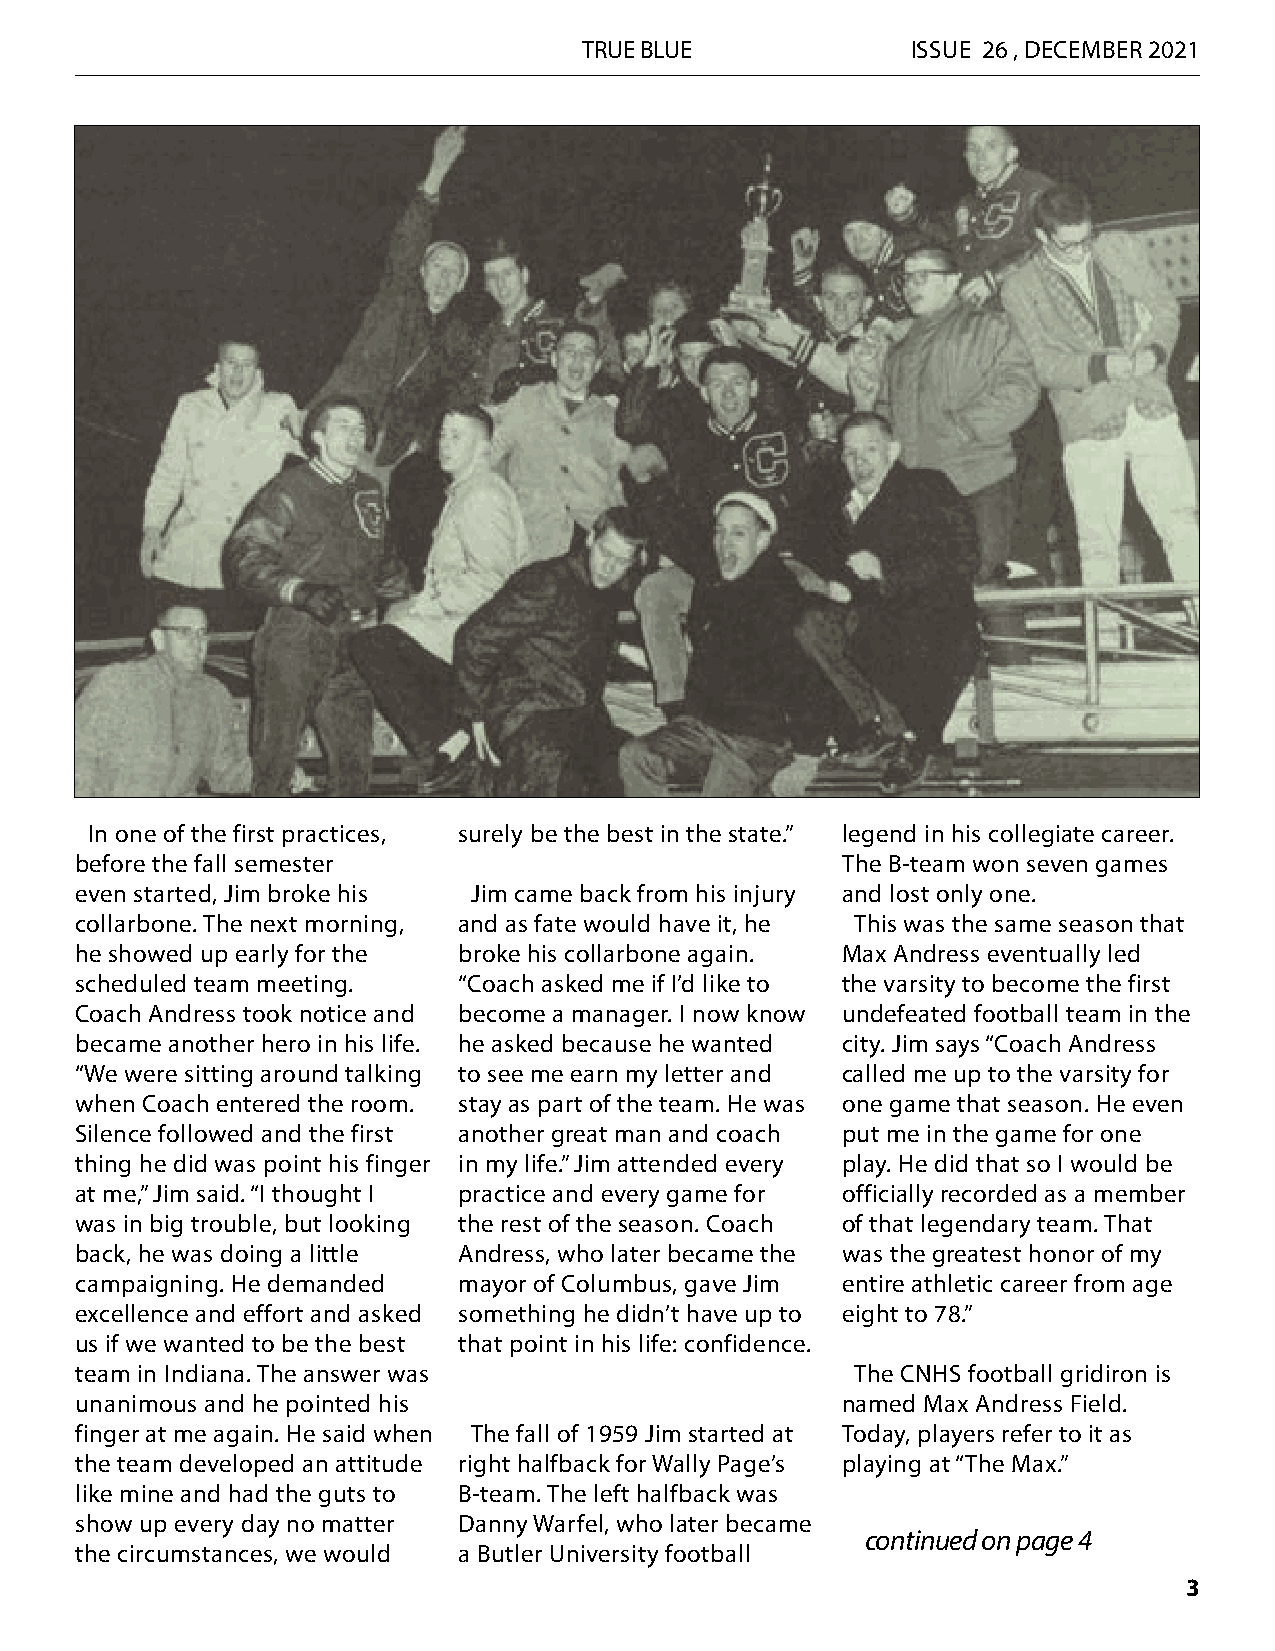
TRUE BLUE            ISSUE 26 , DECEMBER 2021
 In one of the first practices, surely be the best in the state.” legend in his collegiate career.
 before the fall semester                           The B-team won seven games
 even started, Jim broke his Jim came back from his injury and lost only one.
 collarbone. The next morning, and as fate would have it, he This was the same season that
 he showed up early for the broke his collarbone again. Max Andress eventually led
 scheduled team meeting.  “Coach asked me if I’d like to the varsity to become the first
 Coach Andress took notice and become a manager. I now know undefeated football team in the
 became another hero in his life. he asked because he wanted city. Jim says “Coach Andress
 “We were sitting around talking to see me earn my letter and called me up to the varsity for
 when Coach entered the room. stay as part of the team. He was one game that season. He even
 Silence followed and the first another great man and coach put me in the game for one
 thing he did was point his finger in my life.” Jim attended every play. He did that so I would be
 at me,” Jim said. “I thought I practice and every game for officially recorded as a member
 was in big trouble, but looking the rest of the season. Coach of that legendary team. That
 back, he was doing a little Andress, who later became the was the greatest honor of my
 campaigning. He demanded mayor of Columbus, gave Jim entire athletic career from age
 excellence and effort and asked something he didn’t have up to eight to 78.”
 us if we wanted to be the best that point in his life: confidence.
 team in Indiana. The answer was                     The CNHS football gridiron is
 unanimous and he pointed his                       named Max Andress Field.
 finger at me again. He said when The fall of 1959 Jim started at Today, players refer to it as
 the team developed an attitude right halfback for Wally Page’s playing at “The Max.”
 like mine and had the guts to B-team. The left halfback was
 show up every day no matter Danny Warfel, who later became
 continued on page 4
 the circumstances, we would a Butler University football
 3